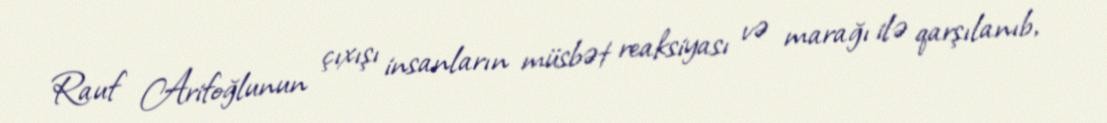
Rauf Arifoğlunun çıxışı insanların müsbət reaksiyası və marağı ilə qarşılanıb,